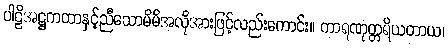
ပါဠိအဋ္ဌကထာနှင့်ညီသောမိမိအလိုအားဖြင့်လည်းကောင်း။ ကာရဏုတ္တရိယတာယ၊